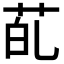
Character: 𮎲